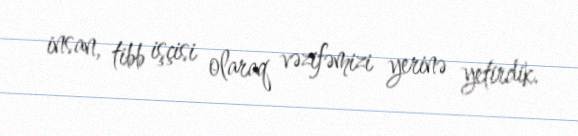
insan, tibb işçisi olaraq vəzifəmizi yerinə yetirdik.